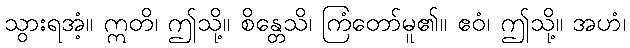
သွားရအံ့။ ဣတိ၊ ဤသို့။ စိန္တေသိ၊ ကြံတော်မူ၏။ ဧဝံ၊ ဤသို့။ အဟံ၊